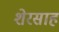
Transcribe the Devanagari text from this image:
शेरसाह